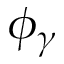
\phi _ { \gamma }